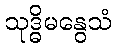
သုဒ္ဓိမနွေသံ